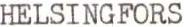
HELSINGFORS